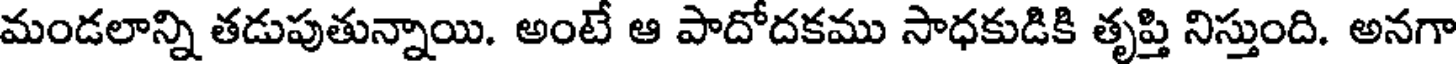
మండలాన్ని తడుపుతున్నాయి. అంటే ఆ పాదోదకము సాధకుడికి తృప్తి నిస్తుంది. అనగా